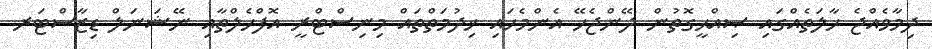
ދިމާވެއްޖެ ހާލަތެއްގައި ޞިއްޙީގޮތުން ދޭންޖެހޭ އެންމެހައި ޚިދުމަތްތައް މިނިސްޓްރީ އޮފްހެލްތާއި ނޭޝަނަލް ޑިޒާސްޓަރ